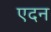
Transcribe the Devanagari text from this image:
एदन